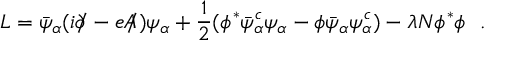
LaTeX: { \cal L } = \bar { \psi } _ { \alpha } ( i \partial \! \! \! / - e A \! \! \! / ) \psi _ { \alpha } + \frac { 1 } { 2 } ( \phi ^ { * } \bar { \psi } _ { \alpha } ^ { c } \psi _ { \alpha } - \phi \bar { \psi } _ { \alpha } \psi _ { \alpha } ^ { c } ) - \lambda N \phi ^ { * } \phi \, \, \, \, .